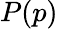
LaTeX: P(p)